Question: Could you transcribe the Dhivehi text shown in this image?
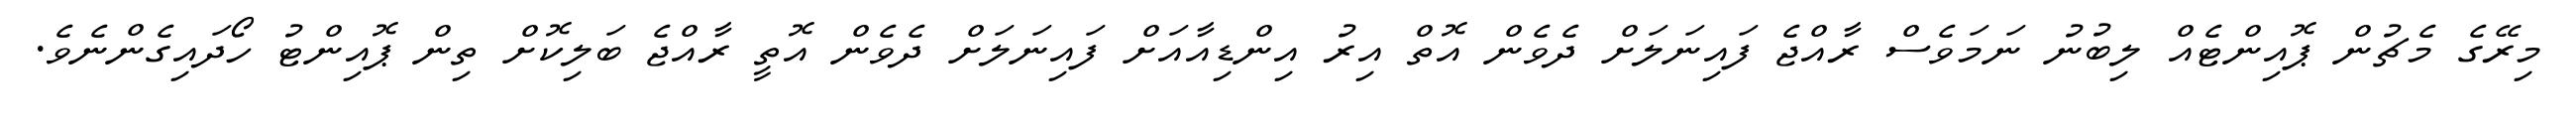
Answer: މިރޭގެ މެޗުން ޕޮއިންޓެއް ލިބުނު ނަމަވެސް ރާއްޖެ ފައިނަލަށް ދެވެން އޮތް އިރު އިންޑިއާއަށް ފައިނަލަށް ދެވެން އޮތީ ރާއްޖެ ބަލިކޮށް ތިން ޕޮއިންޓު ހޯދައިގެންނެވެ.